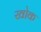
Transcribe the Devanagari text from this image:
खोक